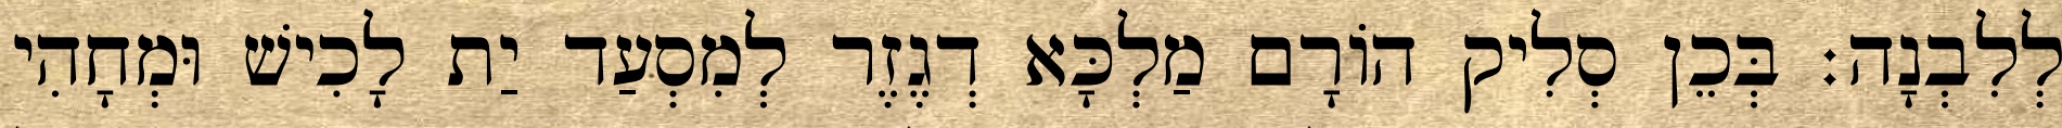
לְלִבְנָה׃ בְּכֵן סְלִיק הוֹרָם מַלְכָּא דְגֶזֶר לְמִסְעַד יַת לָכִישׁ וּמְחָהִי